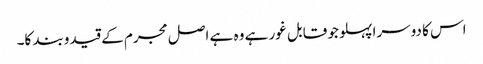
اس کا دوسرا پہلو جو قابل غور ہے وہ ہے اصل مجرم کے قیدوبند کا۔